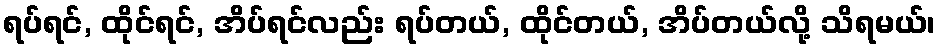
ရပ်ရင်, ထိုင်ရင်, အိပ်ရင်လည်း ရပ်တယ်, ထိုင်တယ်, အိပ်တယ်လို့ သိရမယ်၊